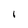
Character: 1